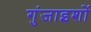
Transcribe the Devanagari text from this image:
गुंजाइशों